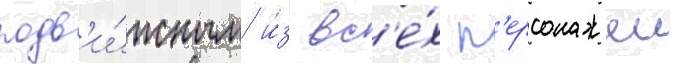
подв'и́жным и́з вс'е́х п'ерсонажеи